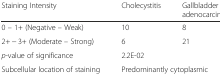
<table><thead><tr><td><b>Staining Intensity</b></td><td><b>Cholecystitis</b></td><td><b>Gallbladder adenocarcinoma</b></td></tr></thead><tbody><tr><td>0 – 1+ (Negative – Weak)</td><td>10</td><td>8</td></tr><tr><td>2+ − 3+ (Moderate – Strong)</td><td>6</td><td>21</td></tr><tr><td><i>p</i>-value of significance</td><td colspan="2">2.2E-02</td></tr><tr><td>Subcellular location of staining</td><td colspan="2">Predominantly cytoplasmic</td></tr></tbody></table>